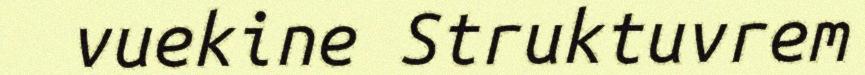
vuekine Struktuvrem